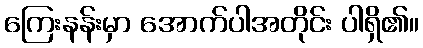
ကြေးနန်းမှာ အောက်ပါအတိုင်း ပါရှိ၏။